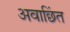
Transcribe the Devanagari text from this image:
अवाछिंत